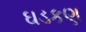
ઘડકણ